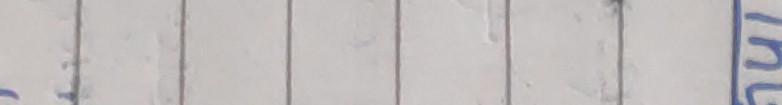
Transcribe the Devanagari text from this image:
मा